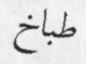
طباخ